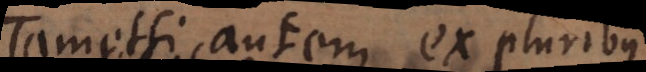
Tametsi autem ex pluribus